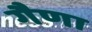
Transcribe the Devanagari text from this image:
गैणा